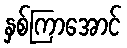
နှစ်ကြာအောင်